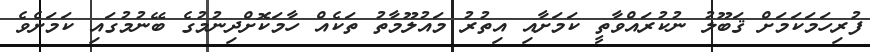
ފުރިހަމަކަމަށް ޤަބޫލު ނުކުރައްވާތީ ކަމަށާއި އިތުރު މައުލޫމާތު ތަކެއް ހާމަކޮށްދިނުމުގެ ބޭނުމުގައި ކަމަށެވެ